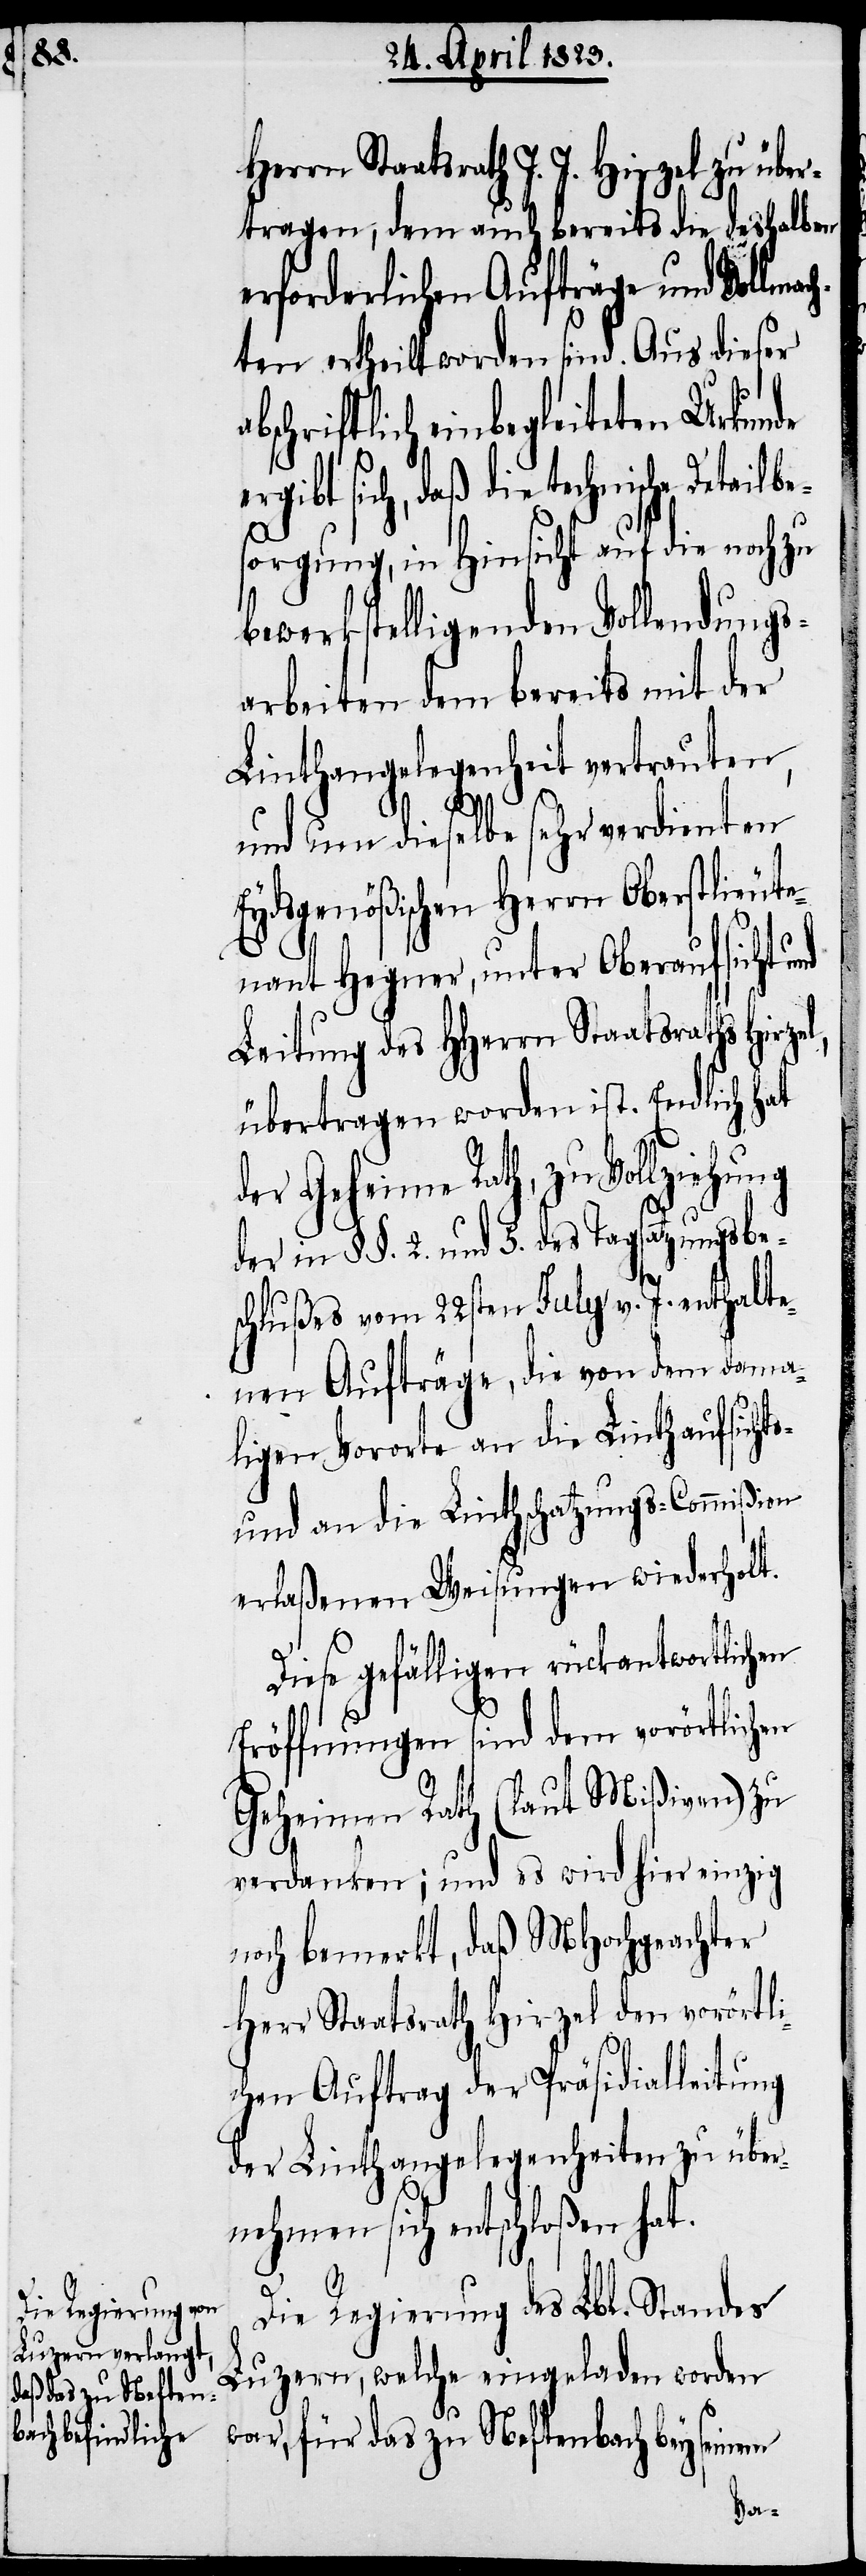
l,

Herrn Staatsrath J. J. Hirzel zu
tragen, dem auch bereits die deshalben
erforderlichen Aufträge und Vollma¬
ten ertheilt worden sind. Aus dieser
bschriftlich einbegleiteten Urkunde
sich, daß die technische Detailb¬
sorgung, in Hinsicht auf die noch zu
bewerkstelligenden Vollendungs¬
arbeiten dem bereits mit der
Linthangelegenheit vertrauten,
und um dieselbe sehr verdienten
Eydsgenößischen Herrn Oberstlieute¬
nant Hegner, unter Oberaufsicht
Leitung des HHerrn Staatsraths Hirze¬
übertragen worden ist. Endlich hat
der Geheime Rath, zu
der in §§. 2. und 5. des Tagsatzungsbe¬
schlußes vom 22sten July v. J. enthalte¬
nen Aufträge, die von dem dama¬
ligen Vororte an die Linthaufsichts-
und an die Linthschatzungs-Commißion
erlaßenen Weisungen wiederholt.
Diese gefälligen rückantwortlichen
Eröffnungen sind dem vorörtlichen
Geheimen Rath (laut Mißiven) zu
verdanken; und es wird hier einzig
noch bemerkt, daß MHochgeachter
Herr Staatsrath Hirzel den vorörtli¬
chen Auftrag der Präsidialleitung
der Linthangelegenheiten zu über¬
nehmen sich entschloßen hat.
Die Regierung des Lbl. Standes
Luzern, welche eingeladen worden
war, für das zu Neftenbach bey seinem
e¬